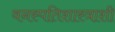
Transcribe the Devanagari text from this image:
वनस्पतिशास्त्राशी